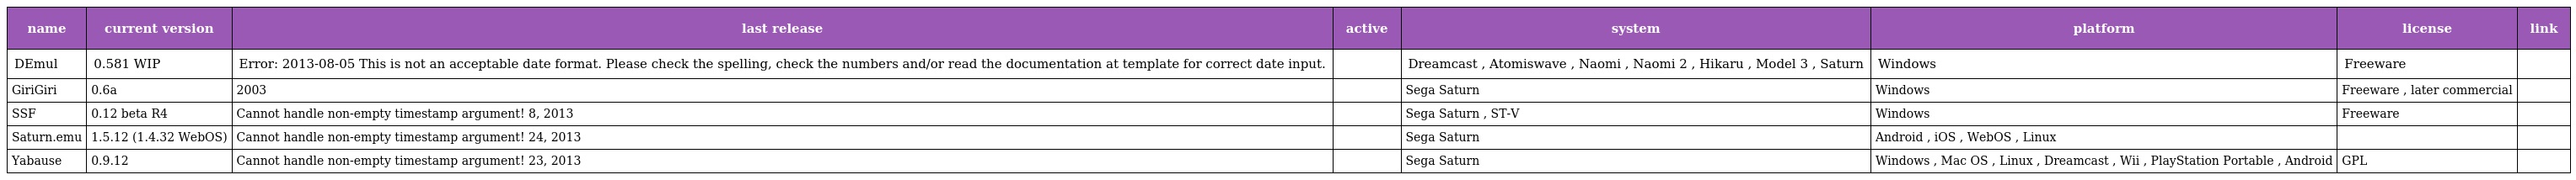
| name | current version | last release | active | system | platform | license | link |
 | --- | --- | --- | --- | --- | --- | --- | --- |
 | DEmul | 0.581 WIP | Error: 2013-08-05 This is not an acceptable date format. Please check the spelling, check the numbers and/or read the documentation at template for correct date input. |  | Dreamcast , Atomiswave , Naomi , Naomi 2 , Hikaru , Model 3 , Saturn | Windows | Freeware |  |
 | GiriGiri | 0.6a | 2003 |  | Sega Saturn | Windows | Freeware , later commercial |  |
 | SSF | 0.12 beta R4 | Cannot handle non-empty timestamp argument! 8, 2013 |  | Sega Saturn , ST-V | Windows | Freeware |  |
 | Saturn.emu | 1.5.12 (1.4.32 WebOS) | Cannot handle non-empty timestamp argument! 24, 2013 |  | Sega Saturn | Android , iOS , WebOS , Linux |  |  |
 | Yabause | 0.9.12 | Cannot handle non-empty timestamp argument! 23, 2013 |  | Sega Saturn | Windows , Mac OS , Linux , Dreamcast , Wii , PlayStation Portable , Android | GPL |  |